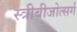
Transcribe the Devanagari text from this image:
स्त्रीबीजोत्सर्ग